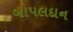
બાપલદાન